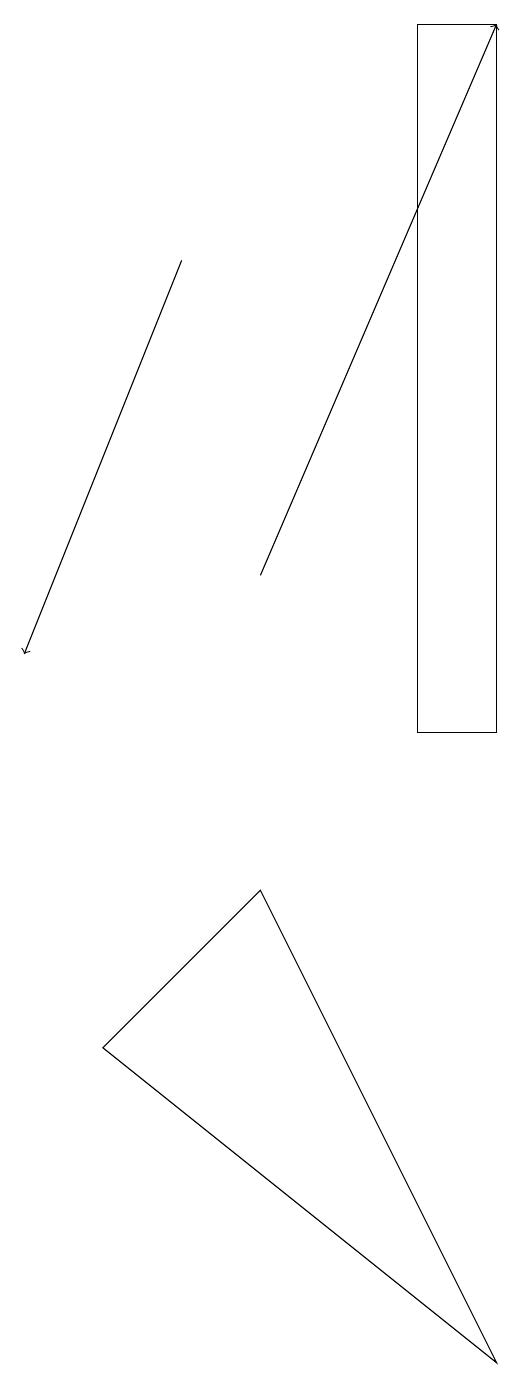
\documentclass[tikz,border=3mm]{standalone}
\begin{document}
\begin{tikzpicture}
\draw[->] (3,16) -- (1,11);
\draw (6,19) rectangle (7,10);
\draw (7,2) -- (2,6) -- (4,8) -- cycle;
\draw[->] (4,12) -- (7,19);
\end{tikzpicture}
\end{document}